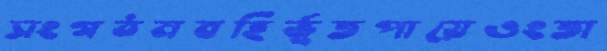
সংগঠনবহির্ভূতপায়েওংতা